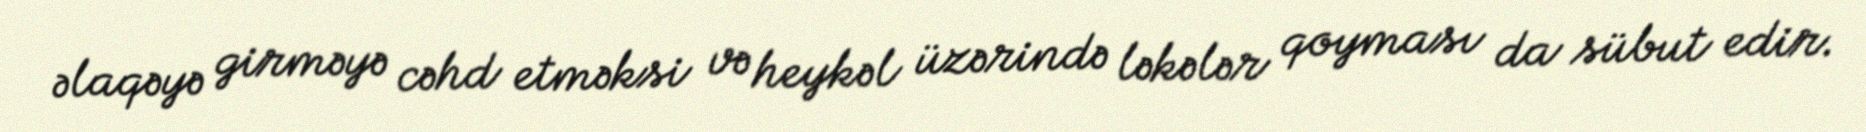
əlaqəyə girməyə cəhd etməksi və heykəl üzərində ləkələr qoyması da sübut edir.